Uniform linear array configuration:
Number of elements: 48
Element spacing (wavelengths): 0.75
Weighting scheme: blackman
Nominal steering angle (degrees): -15
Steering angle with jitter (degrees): -14.249
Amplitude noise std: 0.05
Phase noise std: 0.05

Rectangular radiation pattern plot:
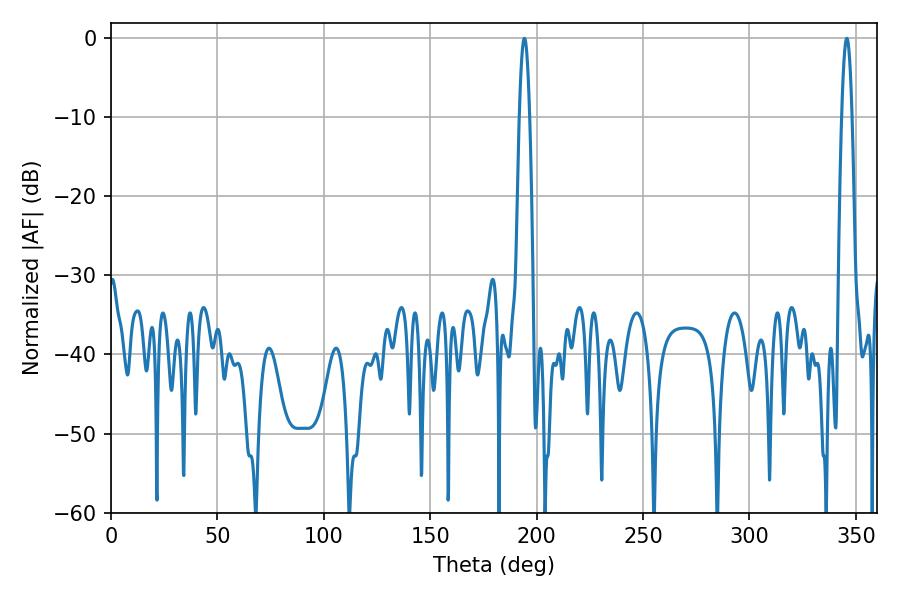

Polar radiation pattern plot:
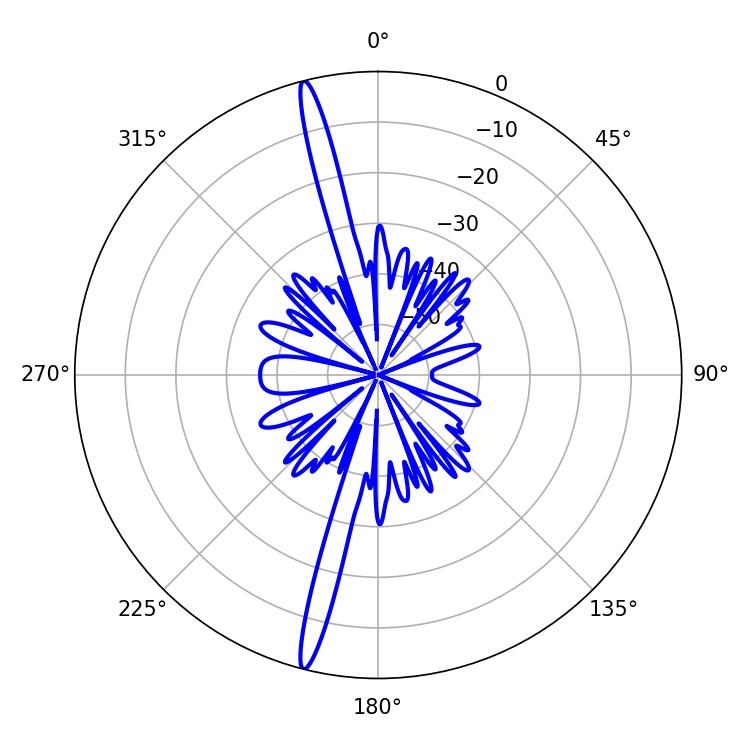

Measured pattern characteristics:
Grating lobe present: TRUE
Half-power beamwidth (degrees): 2.52
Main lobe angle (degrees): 194.22